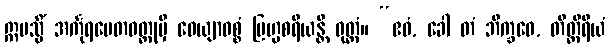
ဣမသ္မိံ အင်္ကုရပေတဝတ္ထုမှိ ဝေယျာဝစ္စံ ဗြဟ္မစရိယန္တိ ဝုတ္တံ။ “ဧဝံ, ခေါ တံ ဘိက္ခဝေ, တိတ္တိရိယံ